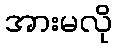
အားမလို